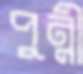
পুন্নী